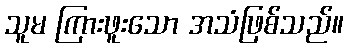
သူမ ကြားဖူးသော အသံဖြစ်သည်။